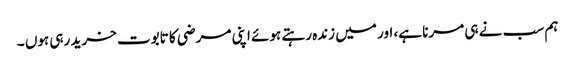
ہم سب نے ہی مرنا ہے، اور میں زندہ رہتے ہوئے اپنی مرضی کا تابوت خرید رہی ہوں ۔